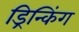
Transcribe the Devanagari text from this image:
ड्रिन्किंग